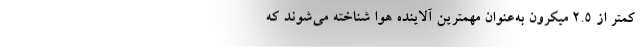
کمتر از ۲.۵ میکرون به‌عنوان مهمترین آلاینده هوا شناخته می‌شوند که